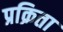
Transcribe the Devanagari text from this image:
प्रक्रिता